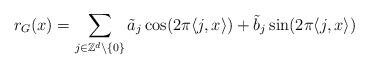
LaTeX: \begin{align*} r_G(x)=\sum_{j\in\mathbb{Z}^d\backslash\{0\}}\tilde{a}_j\cos(2\pi\langle j,x\rangle)+\tilde{b}_j\sin(2\pi\langle j,x\rangle)\end{align*}